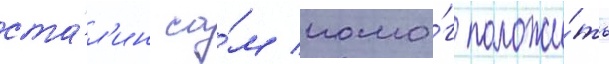
ста́л'ин са́м помо́г положи́ть